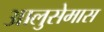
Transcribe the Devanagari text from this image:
आलुसेमास